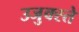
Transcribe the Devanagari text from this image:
उजुक्स्ते